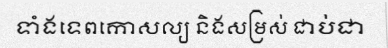
ទាំងទេពកោសល្យ និងសម្រស់ ជាប់ជា